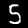
Digit: 5